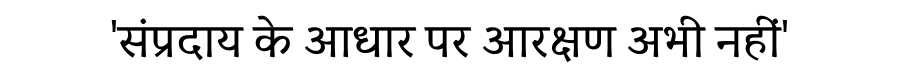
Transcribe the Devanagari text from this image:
'संप्रदाय के आधार पर आरक्षण अभी नहीं'